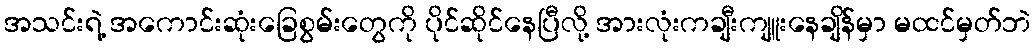
အသင်းရဲ့ အကောင်းဆုံးခြေစွမ်းတွေကို ပိုင်ဆိုင်နေပြီလို့ အားလုံးကချီးကျူးနေချိန်မှာ မထင်မှတ်ဘဲ